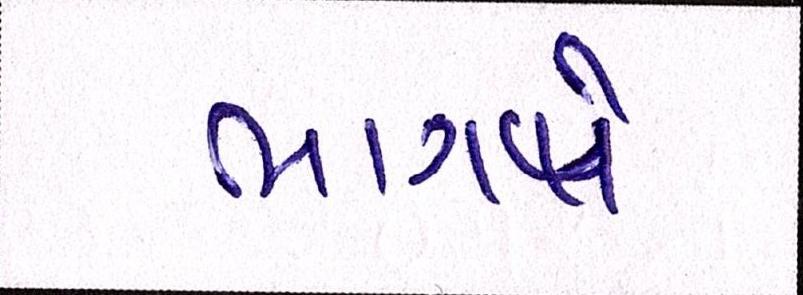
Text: ભાગપે